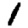
Digit: 1